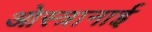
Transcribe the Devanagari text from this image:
ओस्त्रानाई